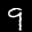
Label: 9